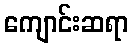
ကျောင်းဆရာ